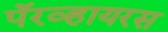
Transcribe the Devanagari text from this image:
पॅरव्हायरस